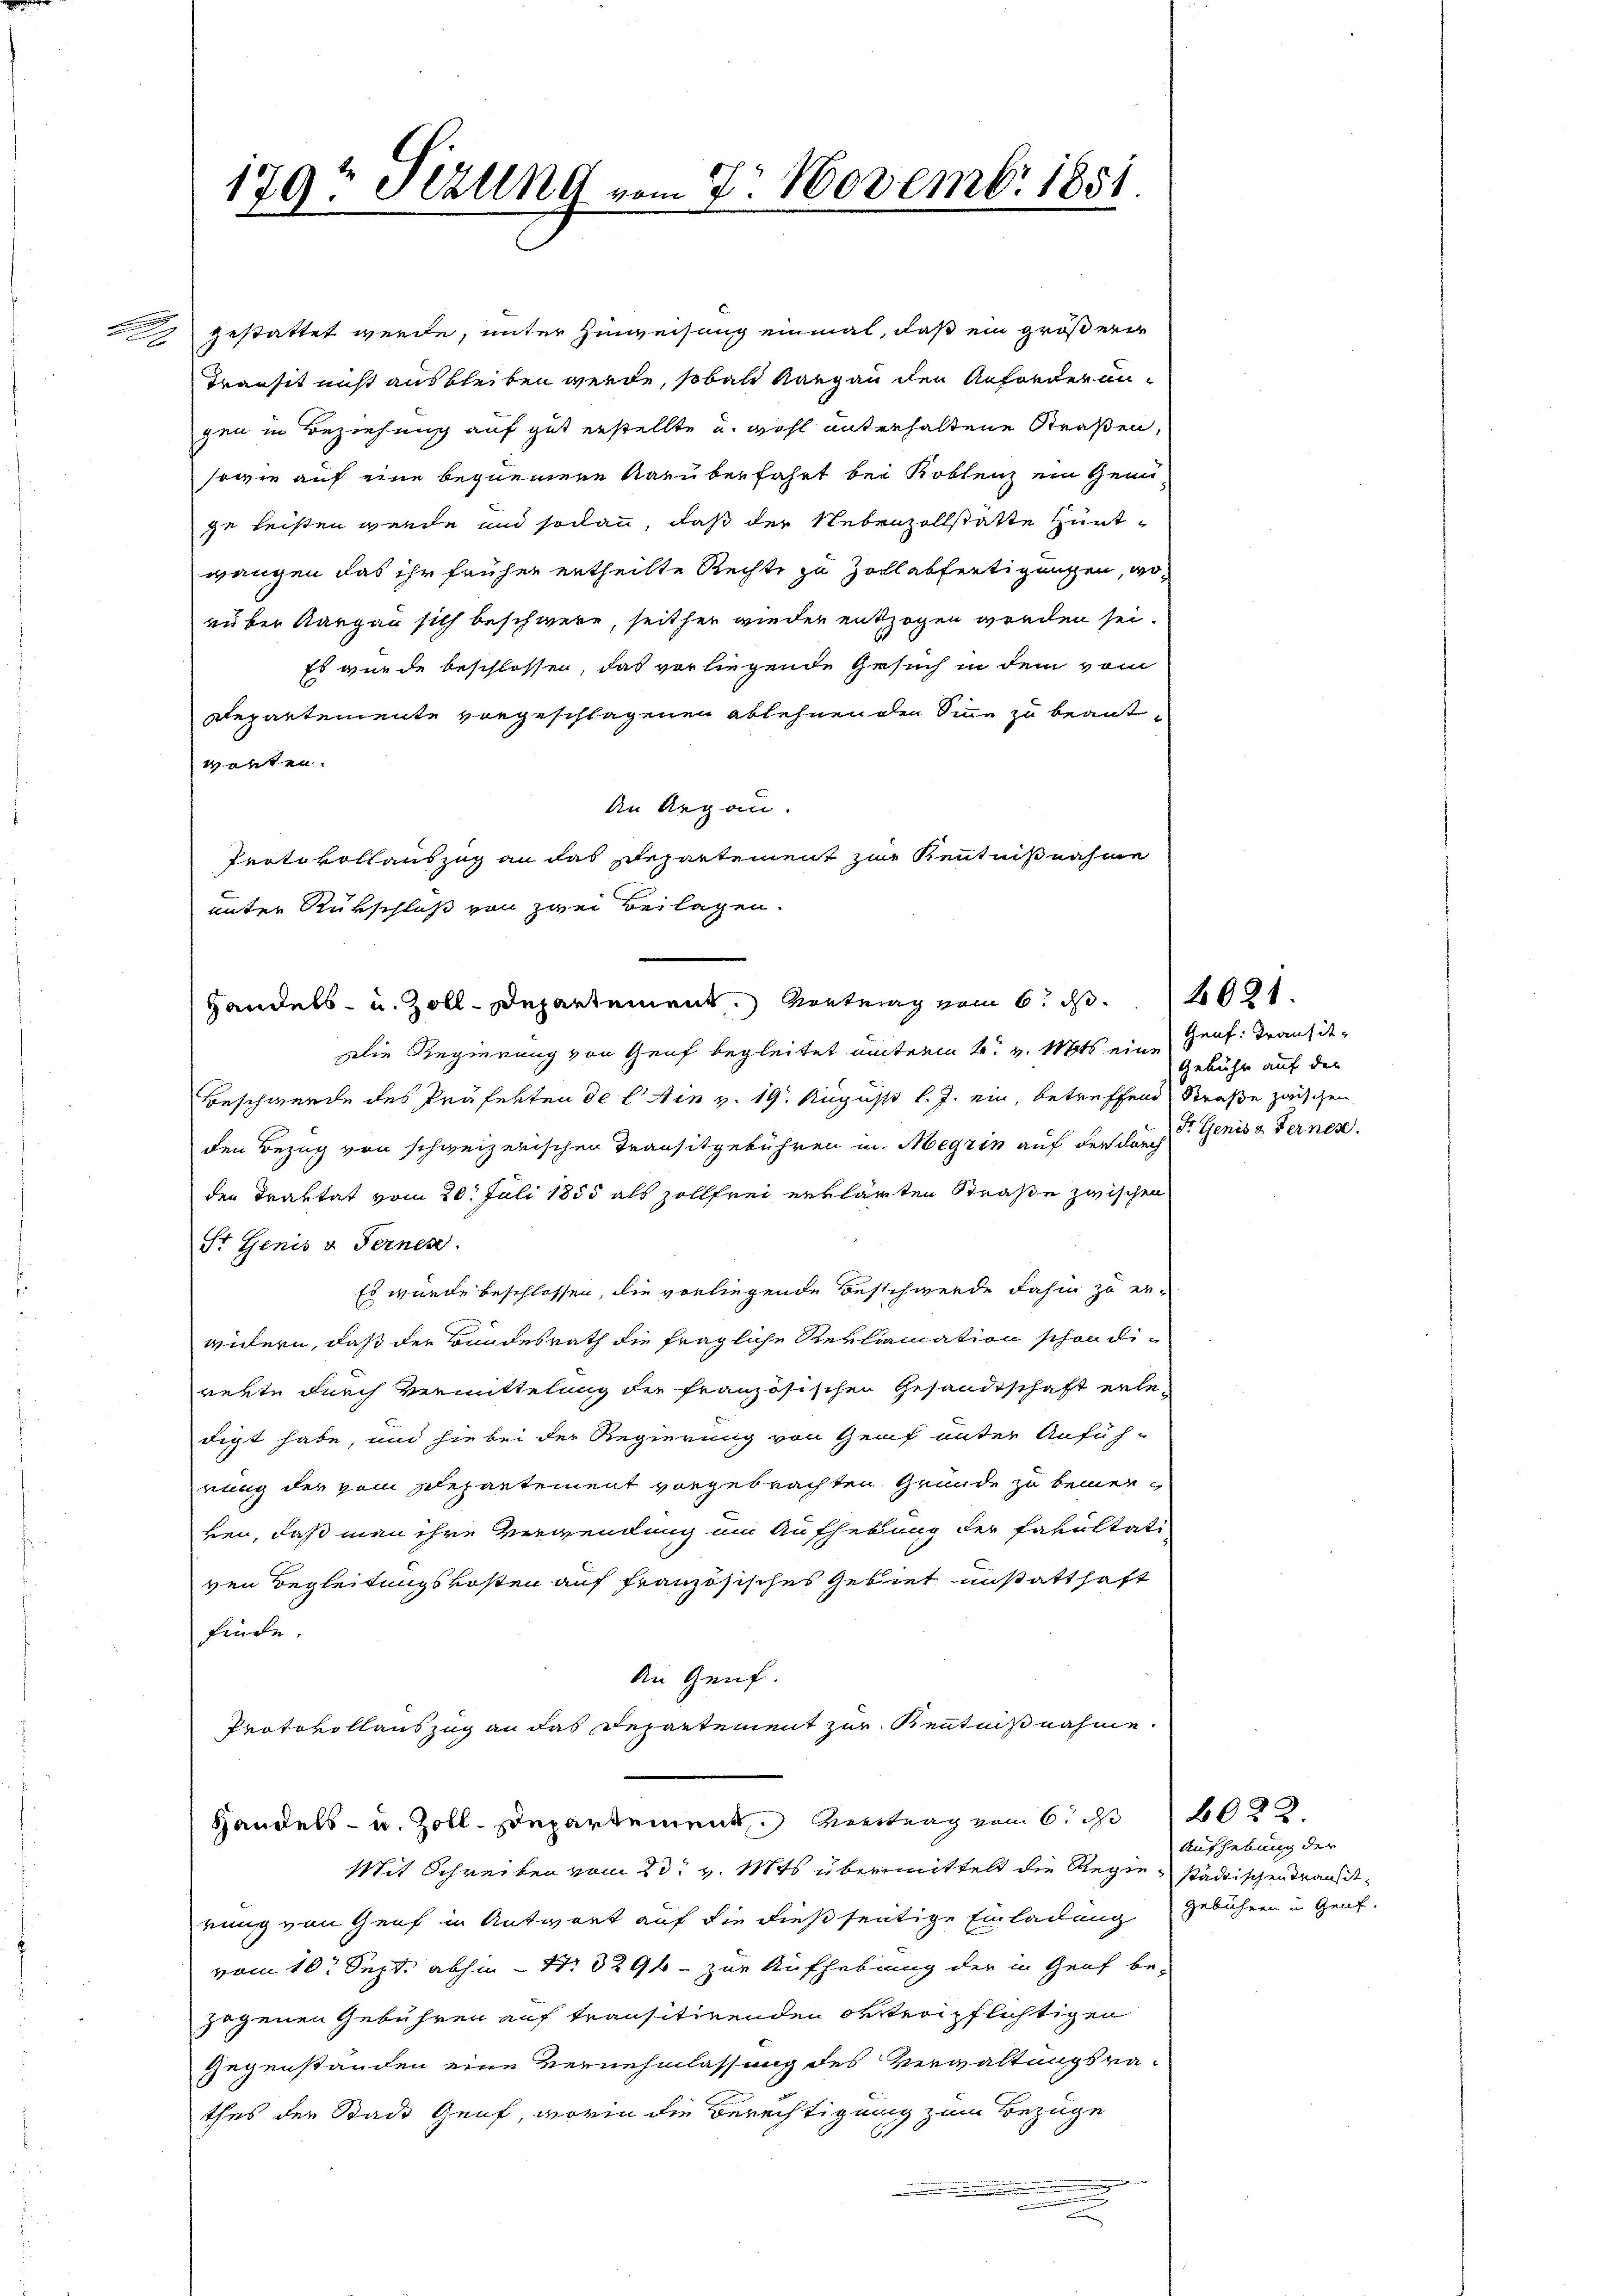
179t Sizung vom 7. Novemb. 1851
2

gestattet werde, unter Hinweisung einmal, daß ein größerer
Transit nicht ausbleiben werde, sobald Kargau den Anforderungen in Beziehung auf gut erstellte u. wohl unterhaltene Straßen,
sowie auf eine bequemere darüberfahrt bei Koblenz ein Genüge leisten werde und sodann, daß der Nebenzollstätte Hüntwangen das ihr früher ertheilte Rechte zu Zollabfertigungen, worüber Aargau sich beschwere, seither wieder entzogen worden sei.
Es wurde beschlossen, das vorliegende Gesuch in dem vom
Departemente vorgeschlagenen Ablehnen den Sinne zu beantwarten.
An Regen.
Protokollauszug an das Departement zur Kenntnißnahme
unter Rükschluß von zwei Beilagen.
Die Regierung von Genf begleitet unterm 4. v. Mts. eine
Beschwerde des Präfekten de l. Ain v. 19. August l. J. ein, betreffend Straße zwischen
den Bezug von schweizerischen Transitgebühren in Meyrin auf der durch
den Traktat vom 20. Juli 1855 als Zollfrei erklärten Straße zwischen
St. Genis & Fernen.
Es wurde beschlossen, die vorliegende Beschwerde dahin zu er-
witern, daß der Bundesrath die fragliche Reklamation schon dirette durch Vermittelung der französischen Gesandtschaft erledigt habe, und sie bei der Regierung von Genf unter Anfüh-
rung der vom Departement vorgebrachten Gründe zu bemerben, daß man ihre Verwendung um Aufhebung der Fakultati
ven Begleitungskosten auf französisches Gebiet unstatthaft
finde.
An Genf.
Protokollauszug an das Departement zur Kenntnißnahme.
Handels- u. Zoll-Departement. Vertrag vom 6. d. 2022.
Mit Schreiben vom 23t v. Mts. übermittelt die Regie städtischen Transitnung von Genf in Antwort auf die dießseitige Einladung gebühren in Gent-
vom 10. Sept. abhin – N. 329 - zur Aufhebung der in Genf be-
gogenen Gebühren auf transitirenden obsterpflichtigen
Gegenständen eine Vernehmlassung des Verwaltungsrathes der Stadt Genf, worin die Berechtigung zum Bezüge
n
.

Handels- u. Zoll-Departement. Kontrag vom 6. d. 2091

Genf. Transit
Gebühr auf der
Fr Genis & Fernen.

Aufhebung der